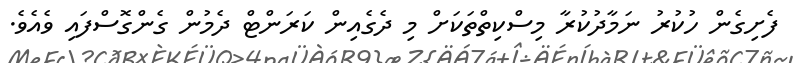
ފެށިގެން ހުކުރު ނަމާދުކުރާ މިސްކިތްތަކަށް މި ދެގެއިން ކަރަންޓް ދެމުން ގެންގޮސްފައި ވެއެވެ.